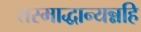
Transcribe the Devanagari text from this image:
तस्माद्धान्यन्नहि